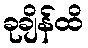
ခုချိန်ထိ